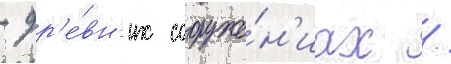
- др'е́вн'их сооруже́н'иах /